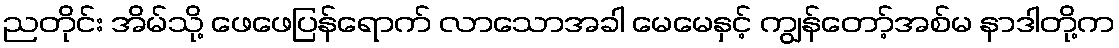
ညတိုင်း အိမ်သို့ ဖေဖေပြန်ရောက် လာသောအခါ မေမေနှင့် ကျွန်တော့်အစ်မ နာဒါတို့က